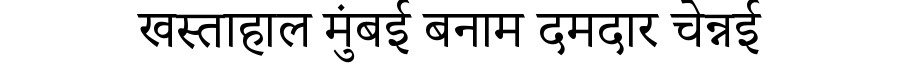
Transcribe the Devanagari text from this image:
खस्ताहाल मुंबई बनाम दमदार चेन्नई